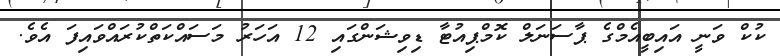
ކުކް ވަނީ އައިބީއެމްގެ ޕާސަނަލް ކޮމްޕިއުޓާ ޑިވިޝަންގައި 12 އަހަރު މަސައްކަތްކުރައްވައިފަ އެވެ.